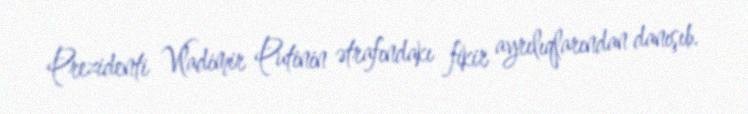
Prezidenti Vladimir Putinin ətrafındakı fikir ayrılıqlarından danışıb.